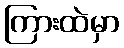
ကြားထဲမှာ